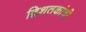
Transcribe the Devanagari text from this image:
द्विशतकांची